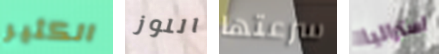
الكثير اللوز سرعتها استراليا